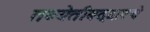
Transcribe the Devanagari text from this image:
तब्येतीबद्दलचे